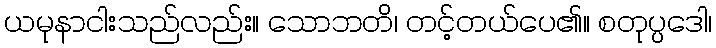
ယမုနာငါးသည်လည်း။ သောဘတိ၊ တင့်တယ်ပေ၏။ စတုပ္ပဒေါ၊